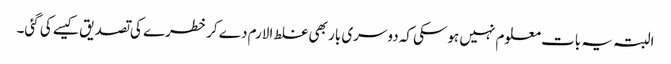
البتہ یہ بات معلوم نہیں ہوسکی کہ دوسری بار بھی غلط الارم دے کر خطرے کی تصدیق کیسے کی گئی۔